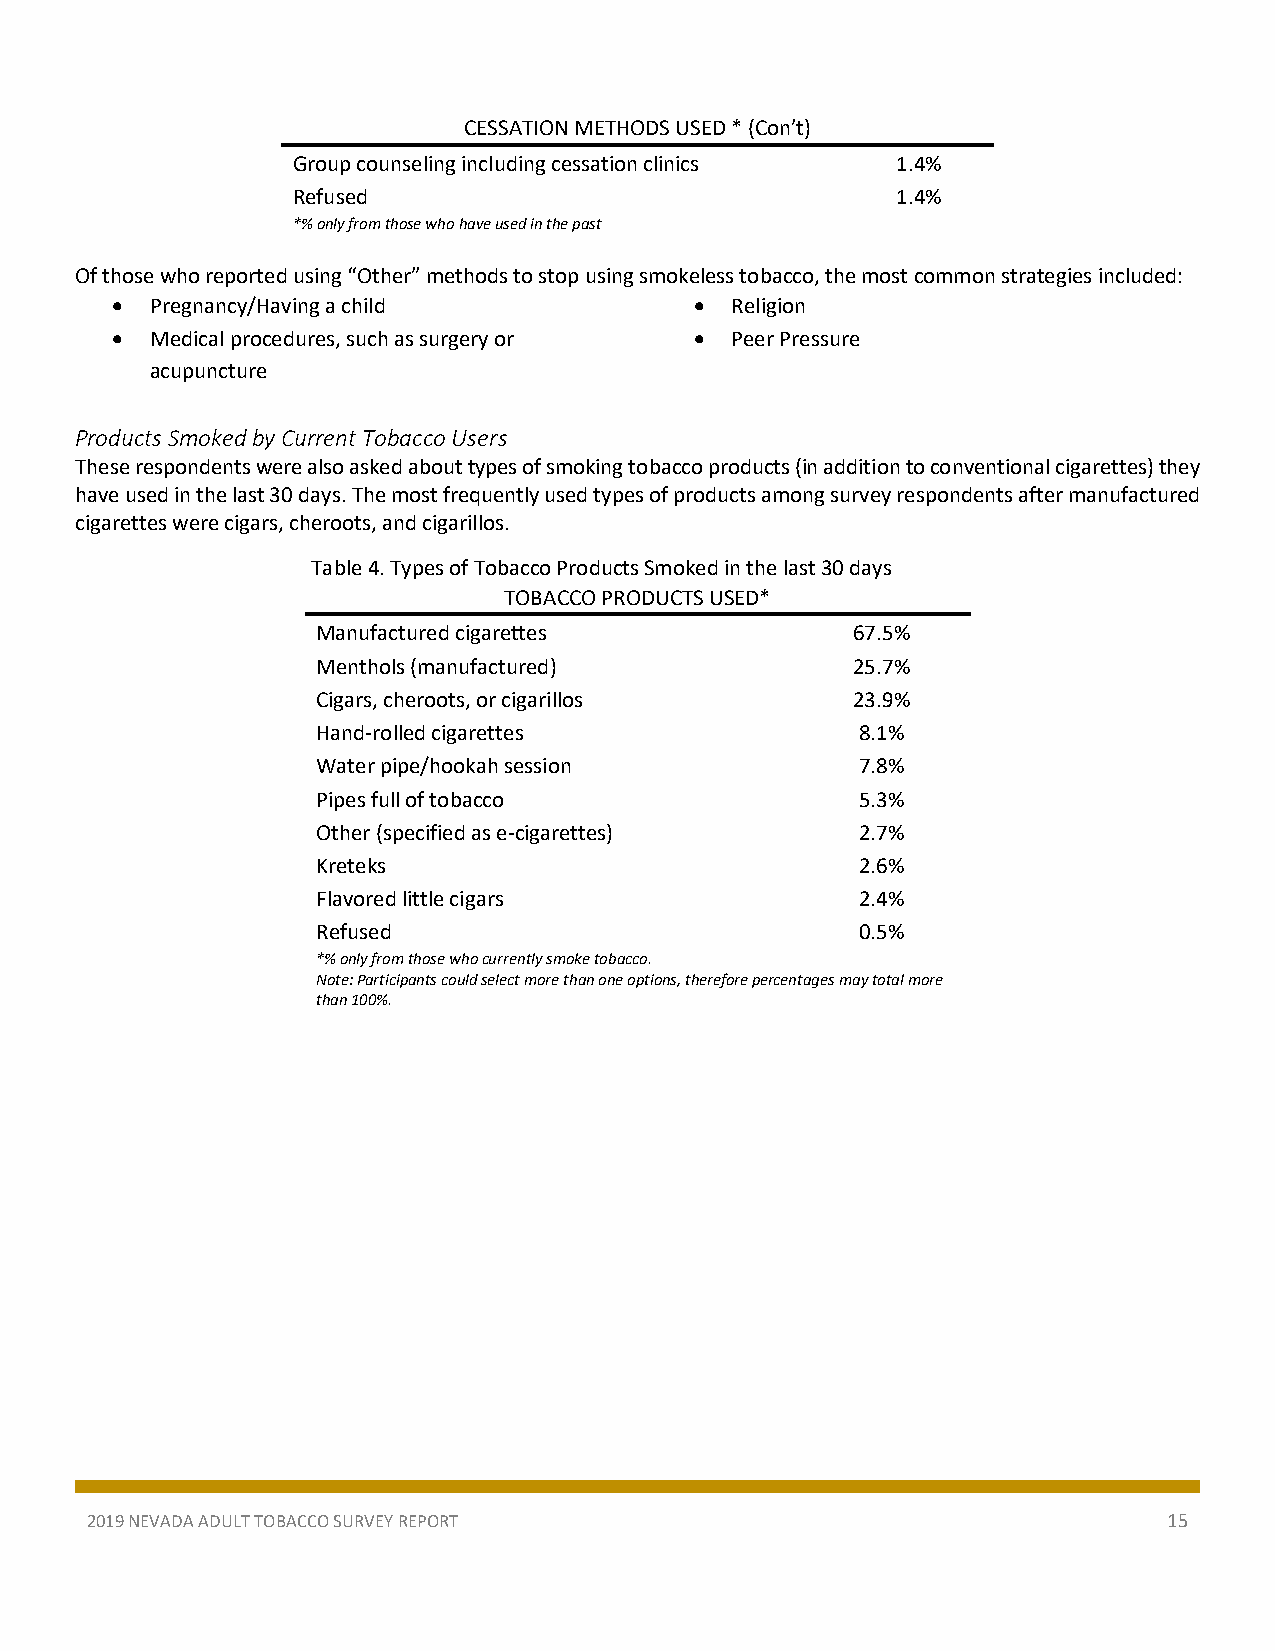
CESSATION METHODS USED * (Con’t)
 Group counseling including cessation clinics 1.4%
 Refused                                 1.4%
 *% only from those who have used in the past
 Of those who reported using “Other” methods to stop using smokeless tobacco, the most common strategies included:
   Pregnancy/Having a child             Religion
   Medical procedures, such as surgery or  Peer Pressure
 acupuncture
 Products Smoked by Current Tobacco Users
 These respondents were also asked about types of smoking tobacco products (in addition to conventional cigarettes) they
 have used in the last 30 days. The most frequently used types of products among survey respondents after manufactured
 cigarettes were cigars, cheroots, and cigarillos.
 Table 4. Types of Tobacco Products Smoked in the last 30 days
 TOBACCO PRODUCTS USED*
 Manufactured cigarettes            67.5%
 Menthols (manufactured)            25.7%
 Cigars, cheroots, or cigarillos    23.9%
 Hand-rolled cigarettes              8.1%
 Water pipe/hookah session           7.8%
 Pipes full of tobacco               5.3%
 Other (specified as e-cigarettes)   2.7%
 Kreteks                             2.6%
 Flavored little cigars              2.4%
 Refused                             0.5%
 *% only from those who currently smoke tobacco.
 Note: Participants could select more than one options, therefore percentages may total more
 than 100%.
 2019 NEVADA ADULT TOBACCO SURVEY REPORT                                15